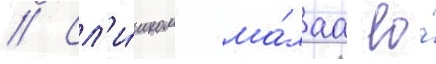
// Сл'и́шком ма́лаа ео́